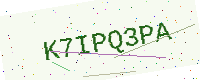
Text: K7IPQ3PA